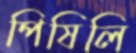
পিষিলি